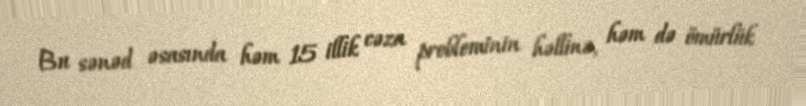
Bu sənəd əsasında həm 15 illik cəza probleminin həllinə, həm də ömürlük